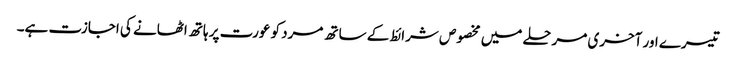
تیسرے اور آخری مرحلے میں مخصوص شرائط کے ساتھ مرد کو عورت پر ہاتھ اٹھانے کی اجازت ہے۔